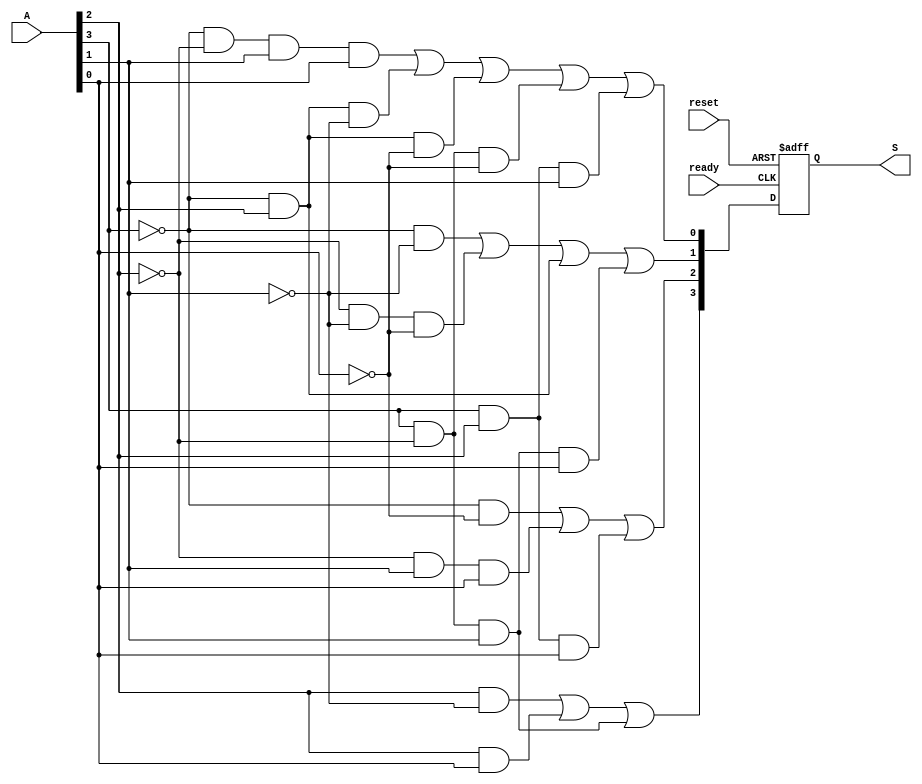
module encoder(
  input [3:0] A,
  input reset,
  input ready,
  output reg [3:0] S
);

  always @(posedge reset or posedge ready) begin
    if (reset) begin
      S <= 4'b0000; 
    end else if (ready) begin
      S[0] <= ~A[3] & ~A[2] & A[1] & A[0] | ~A[3] & A[2] & ~A[1] | ~A[3] & A[2] & ~A[0] | A[3] & ~A[2] & ~A[0] | A[3] & A[2] & A[1];
      S[1] <= ((~A[3] & ~A[1]) | (~A[2] & ~A[1] & ~A[0]) | (~A[3] & A[2]) | (A[3] & ~A[2] & A[1] & A[0]));
      S[2] <= ((~A[3] & ~A[0]) | (~A[2] & A[1] & A[0]) | (A[3] & A[2] & A[0]));
      S[3] <= ((A[2] & ~A[1]) | (A[2] & A[0]) | (A[3] & ~A[2] & A[1]));
    end
  end

endmodule